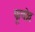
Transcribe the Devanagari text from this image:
फूचोव